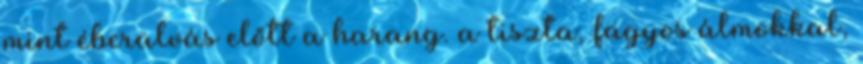
mint éberalvás előtt a harang. a tiszta, fagyos álmokkal,